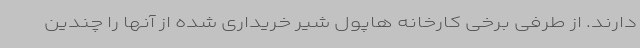
دارند. از طرفی برخی کارخانه هاپول شیر خریداری شده از آنها را چندین